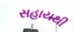
સહાયથી